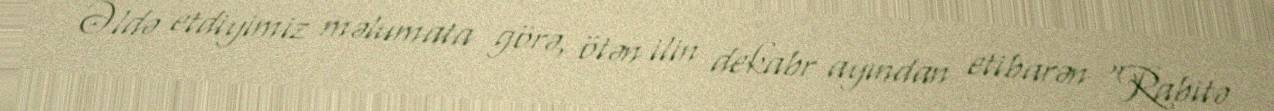
Əldə etdiyimiz məlumata görə, ötən ilin dekabr ayından etibarən “Rabitə